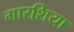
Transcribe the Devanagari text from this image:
गारशिया